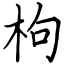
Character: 枸